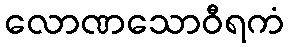
လောဏသောဝီရကံ